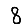
Digit: 8